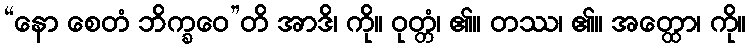
“နော စေတံ ဘိက္ခဝေ”တိ အာဒိ၊ ကို။ ဝုတ္တံ၊ ၏။ တဿ၊ ၏။ အတ္ထော၊ ကို။